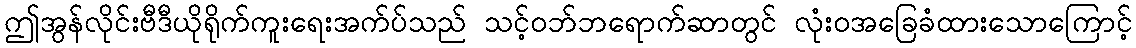
ဤအွန်လိုင်းဗီဒီယိုရိုက်ကူးရေးအက်ပ်သည် သင့်ဝဘ်ဘရောက်ဆာတွင် လုံးဝအခြေခံထားသောကြောင့်